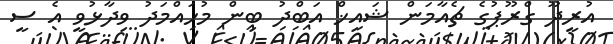
އުރީދޫ ގްރޫޕުގެ ޗެއާމަން ޝައިޚް އަބްދު ބިން މުހައްމަދު ވިދާޅުވީ އެ ސީ